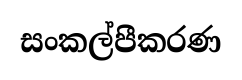
සංකල්පීකරණ